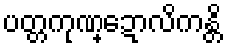
ပတ္တကုဏ္ဍောလိကန္တိ